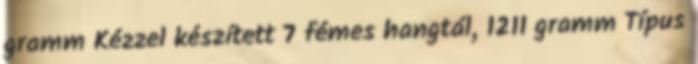
gramm Kézzel készített 7 fémes hangtál, 1211 gramm Típus